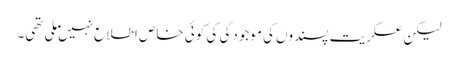
لیکن عسکریت پسندوں کی موجودگی کی کوئی خاص اطلاع نہیں ملی تھی۔